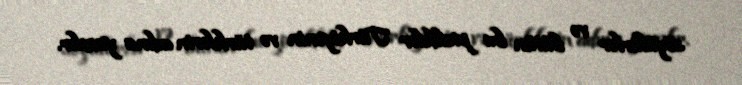
söyülürlər və bütün bu pisliklər Türkiyənin və türklərin adına yazılır.